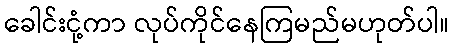
ခေါင်းငုံ့ကာ လုပ်ကိုင်နေကြမည်မဟုတ်ပါ။